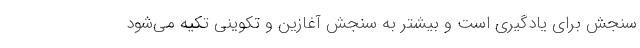
سنجش برای یادگیری است و بیشتر به سنجش آغازین و تکوینی تکیه می‌شود